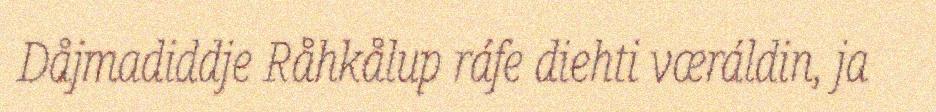
Dåjmadiddje Råhkålup ráfe diehti væráldin, ja